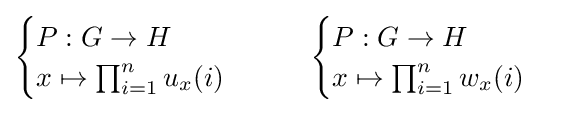
{\begin{cases}P:G\to H\\x\mapsto \prod _{i=1}^{n}u_{x}(i)\end{cases}}\qquad {\begin{cases}P:G\to H\\x\mapsto \prod _{i=1}^{n}w_{x}(i)\end{cases}}